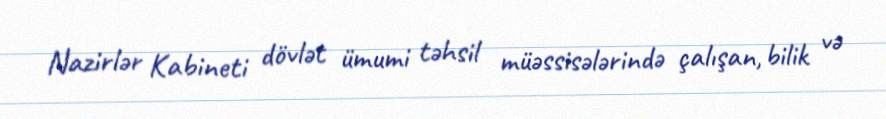
Nazirlər Kabineti dövlət ümumi təhsil müəssisələrində çalışan, bilik və